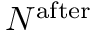
N ^ { \mathrm { a f t e r } }